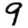
Digit: 9